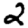
Digit: 2